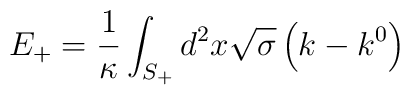
E_{+}=\frac{1}{\kappa }\int_{S_{+}}^{{}}d^{2}x\sqrt{\sigma }\left(k-k^{0}\right)